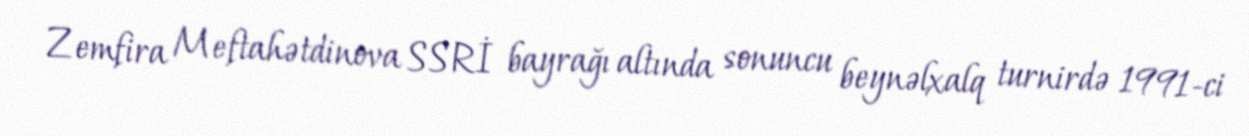
Zemfira Meftahətdinova SSRİ bayrağı altında sonuncu beynəlxalq turnirdə 1991-ci